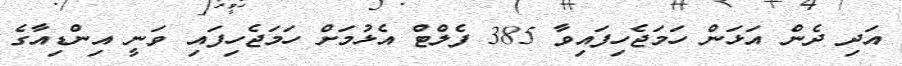
އަދި ދެން އަޅަން ހަމަޖެހިފައިވާ 385 ފެލްޓް އެޅުމަށް ހަމަޖެހިފައި ވަނީ އިންޑިއާގެ